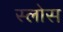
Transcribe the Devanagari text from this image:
स्लोस